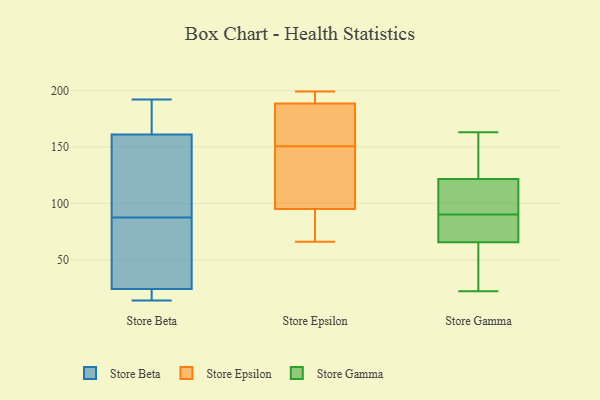
{"axis": {"x": "Population (Million)", "y": "Value"}, "legend": ["Store Beta", "Store Epsilon", "Store Gamma"], "data": [{"x": "", "y": 63, "type": "Store Beta"}, {"x": "", "y": 192, "type": "Store Beta"}, {"x": "", "y": 188, "type": "Store Beta"}, {"x": "", "y": 91, "type": "Store Beta"}, {"x": "", "y": 129, "type": "Store Beta"}, {"x": "", "y": 14, "type": "Store Beta"}, {"x": "", "y": 171, "type": "Store Beta"}, {"x": "", "y": 24, "type": "Store Beta"}, {"x": "", "y": 183, "type": "Store Beta"}, {"x": "", "y": 24, "type": "Store Beta"}, {"x": "", "y": 84, "type": "Store Beta"}, {"x": "", "y": 105, "type": "Store Beta"}, {"x": "", "y": 138, "type": "Store Beta"}, {"x": "", "y": 33, "type": "Store Beta"}, {"x": "", "y": 17, "type": "Store Beta"}, {"x": "", "y": 161, "type": "Store Beta"}, {"x": "", "y": 19, "type": "Store Beta"}, {"x": "", "y": 61, "type": "Store Beta"}, {"x": "", "y": 191, "type": "Store Epsilon"}, {"x": "", "y": 199, "type": "Store Epsilon"}, {"x": "", "y": 66, "type": "Store Epsilon"}, {"x": "", "y": 150, "type": "Store Epsilon"}, {"x": "", "y": 93, "type": "Store Epsilon"}, {"x": "", "y": 87, "type": "Store Epsilon"}, {"x": "", "y": 148, "type": "Store Epsilon"}, {"x": "", "y": 151, "type": "Store Epsilon"}, {"x": "", "y": 157, "type": "Store Epsilon"}, {"x": "", "y": 193, "type": "Store Epsilon"}, {"x": "", "y": 186, "type": "Store Epsilon"}, {"x": "", "y": 97, "type": "Store Epsilon"}, {"x": "", "y": 79, "type": "Store Gamma"}, {"x": "", "y": 79, "type": "Store Gamma"}, {"x": "", "y": 109, "type": "Store Gamma"}, {"x": "", "y": 136, "type": "Store Gamma"}, {"x": "", "y": 116, "type": "Store Gamma"}, {"x": "", "y": 22, "type": "Store Gamma"}, {"x": "", "y": 71, "type": "Store Gamma"}, {"x": "", "y": 59, "type": "Store Gamma"}, {"x": "", "y": 66, "type": "Store Gamma"}, {"x": "", "y": 153, "type": "Store Gamma"}, {"x": "", "y": 101, "type": "Store Gamma"}, {"x": "", "y": 127, "type": "Store Gamma"}, {"x": "", "y": 36, "type": "Store Gamma"}, {"x": "", "y": 163, "type": "Store Gamma"}, {"x": "", "y": 106, "type": "Store Gamma"}, {"x": "", "y": 65, "type": "Store Gamma"}]}